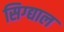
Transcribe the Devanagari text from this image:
सिग्द्याल